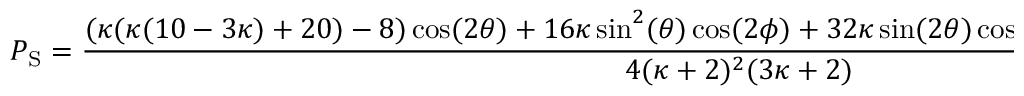
P _ { \mathrm { S } } = \frac { ( \kappa ( \kappa ( 1 0 - 3 \kappa ) + 2 0 ) - 8 ) \cos ( 2 \theta ) + 1 6 \kappa \sin ^ { 2 } ( \theta ) \cos ( 2 \phi ) + 3 2 \kappa \sin ( 2 \theta ) \cos ( \phi ) + \kappa ( \kappa ( 3 \kappa + 3 8 ) + 4 4 ) + 8 } { 4 ( \kappa + 2 ) ^ { 2 } ( 3 \kappa + 2 ) }